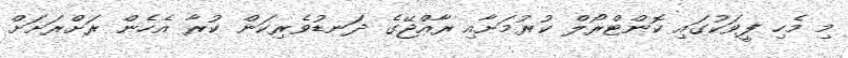
މި މެހި ފީވަކުގައި ކޮންޓްރޯލް ކުރުމަށާއި ރާއްޖޭގެ ދަނޑުވެރިކަން ކުރާ އެހެން ރަށްރަށަށް